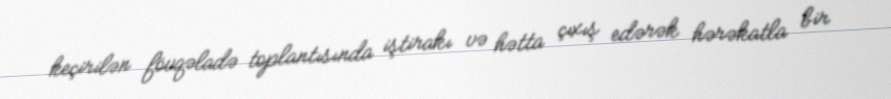
keçirilən fövqəladə toplantısında iştirakı və hətta çıxış edərək hərəkatla bir